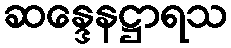
ဆန္ဒေနဋ္ဌာရသ